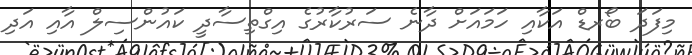
މިފަަދަ ބޯރޑް އަކާއި ހަމައަށް ދާނެ ސަރުކާރުގެ އިގްތިސާދީ ކައުންސިލް އާއި އަދި